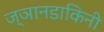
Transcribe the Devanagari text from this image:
ज्ञानडाकिनी